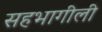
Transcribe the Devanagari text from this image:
सहभागीली